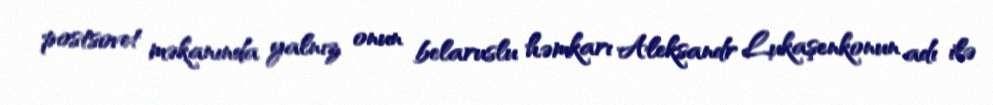
postsovet məkanında yalnız onun belaruslu həmkarı Aleksandr Lukaşenkonun adı ilə